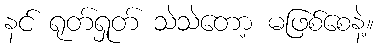
နင် ရုတ်ရှုတ် သဲသဲတော့ မဖြစ်စေနဲ့။